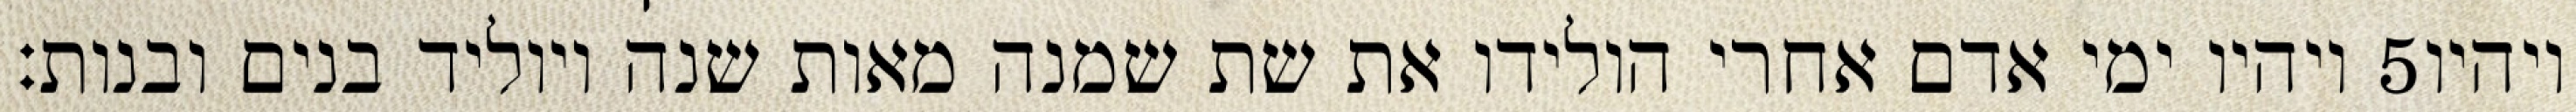
ויהיו ימי אדם אחרי הולידו את שת שמנה מאות שנה ויוליד בנים ובנות׃ ‎5‏ ויהיו